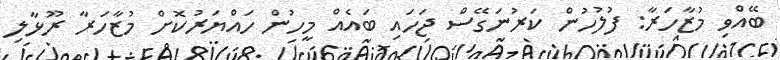
ބޭއްވި މުޒާހަރާ: ފުލުހުން ކަރުނަގޭސް ޖަހައި ބައެއް މީހުން ހައްޔަރުކޮށް މުޒާހަރާ ރޫޅާލި